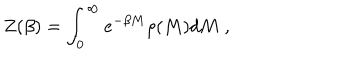
LaTeX: Z ( \beta ) = \int _ { 0 } ^ { \infty } e ^ { - \beta M } \rho ( M ) d M \; ,